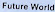
Future World